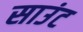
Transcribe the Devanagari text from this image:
साउंट